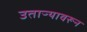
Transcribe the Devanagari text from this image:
उताऱ्यावरून